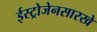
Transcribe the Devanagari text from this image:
ईस्ट्रोजेनसारखे